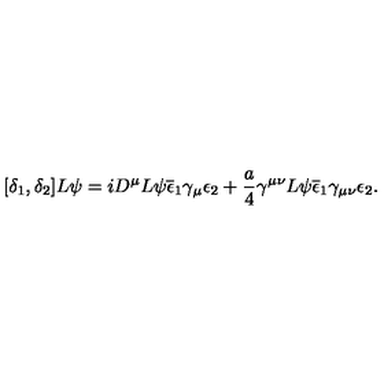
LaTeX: [ \delta _ { 1 } , \delta _ { 2 } ] L \psi = i D ^ { \mu } L \psi \overline { { \epsilon } } _ { 1 } \gamma _ { \mu } \epsilon _ { 2 } + \frac { a } { 4 } \gamma ^ { \mu \nu } L \psi \overline { { \epsilon } } _ { 1 } \gamma _ { \mu \nu } \epsilon _ { 2 } .